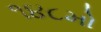
૧૪૮મો